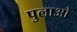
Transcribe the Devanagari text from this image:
पुलाओ